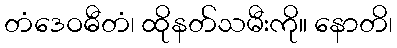
တံဒေဝဓီတံ၊ ထိုနတ်သမီးကို။ နောတိ၊